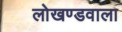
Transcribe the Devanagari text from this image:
लोखण्डवाला